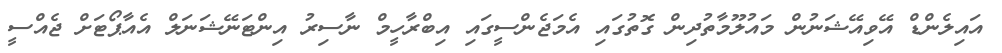
އައިލެންޑް އޭވިއޭޝަނުން މައުލޫމާތުދިން ގޮތުގައި އެމަޖެންސީގައި އިބްރާހީމް ނާސިރު އިންޓަނޭޝަނަލް އެއާޕޯޓަށް ޖެއްސީ